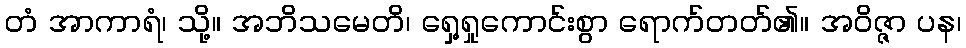
တံ အာကာရံ၊ သို့။ အဘိသမေတိ၊ ရှေ့ရှုကောင်းစွာ ရောက်တတ်၏။ အဝိဇ္ဇာ ပန၊